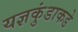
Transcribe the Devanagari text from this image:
यज्ञकुंडाकडे